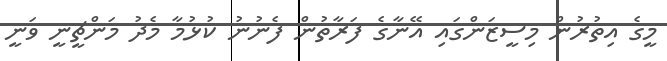
މީގެ އިތުރުން މިސީޒަންގައި އޭނާގެ ފަރާތުން ފެނުނު ކުޅުމާ މެދު މަންޗީނީ ވަނީ